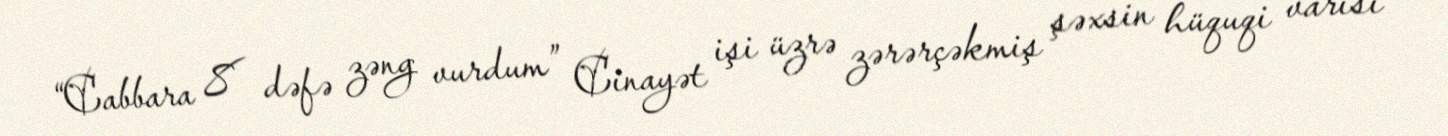
“Cabbara 8 dəfə zəng vurdum” Cinayət işi üzrə zərərçəkmiş şəxsin hüquqi varisi